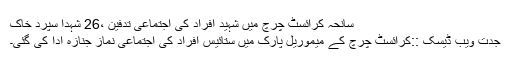
سانحہ کرائسٹ چرچ میں شہید افراد کی اجتماعی تدفین ،26 شہدا سپرد خاک
جدت ویب ڈیسک ::کرائسٹ چرچ کے میموریل پارک میں ستائیس افراد کی اجتماعی نماز جنازہ ادا کی گئی۔